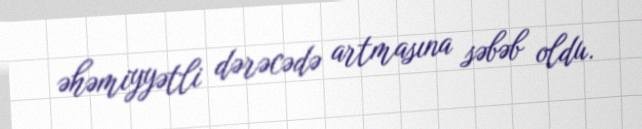
əhəmiyyətli dərəcədə artmasına səbəb oldu.